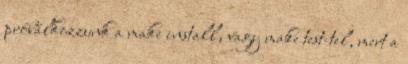
próbálkozzunk a make install, vagy make test-tel, mert a